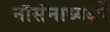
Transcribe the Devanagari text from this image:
नौसेनाध्यक्षों